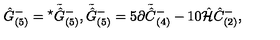
\hat { G } _ { ( 5 ) } ^ { - } = { } ^ { \star } \tilde { \hat { G } } { } _ { ( 5 ) } ^ { - } , \tilde { \hat { G } } { } _ { ( 5 ) } ^ { - } = 5 \partial \tilde { \hat { C } } { } _ { ( 4 ) } ^ { - } - 1 0 \hat { \cal H } \hat { C } _ { ( 2 ) } ^ { - } ,